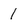
Character: I